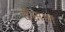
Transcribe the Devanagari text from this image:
हॅेसमें